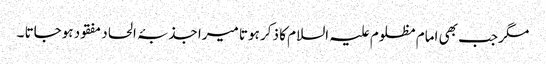
مگر جب بھی امام مظلوم علیہ السلام کا ذکر ہوتا میرا جذبۂ الحاد مفقود ہوجاتا ۔